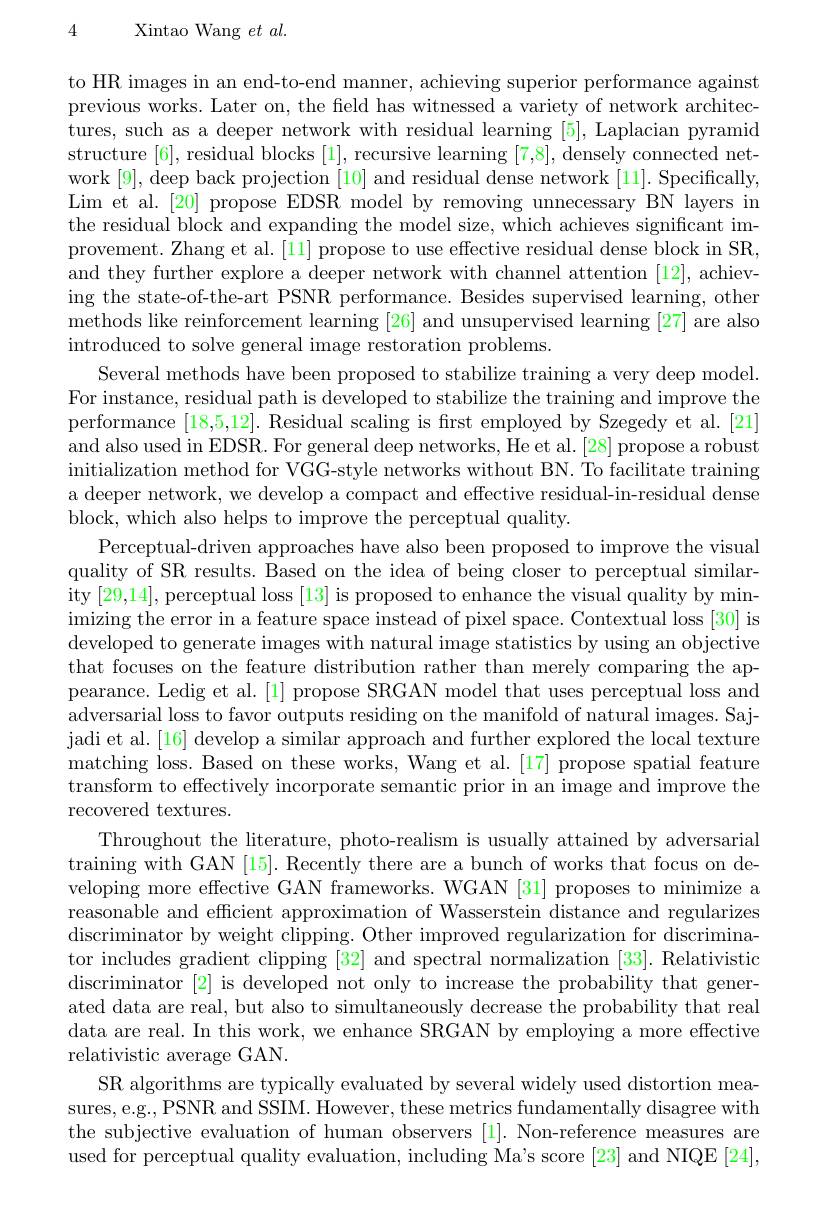
4

Xintao Wang $et\textit{al}.$

to HR images in an end-to-end manner, achieving superior performance against previous works. Later on, the feld has witnessed a variety of network architectures, such as a deeper network with residual learning [5], Laplacian pyramid structure [6], residual blocks [1], recursive learning [7,8], densely connected network [9], deep back projection [10] and residual dense network [11]. Specifically, Lim et al.[20] propose EDSR model by removing unnecessary BN layers in the residual block and expanding the model size, which achieves significant improvement. Zhang et al.[11] propose to use effective residual dense block in SR, and they further explore a deeper network with channel attention [12], achieving the state-of-the-art PSNR performance. Besides supervised learning, other methods like reinforcement learning [26] and unsupervised learning [27] are also introduced to solve general image restoration problems.
Several methods have been proposed to stabilize training a very deep model. For instance, residual path is developed to stabilize the training and improve the performance [18,5,12]. Residual scaling is frst employed by Szegedy et al.[21] and also used in EDSR. For general deep networks, He et al. [28] propose a robust initialization method for VGG-style networks without BN. To facilitate training a deeper network, we develop a compact and effective residual-in-residual dense block, which also helps to improve the perceptual quality.
Perceptual-driven approaches have also been proposed to improve the visual quality of SR results. Based on the idea of being closer to perceptual similarity [29,14], perceptual loss [13] is proposed to enhance the visual quality by minimizing the error in a feature space instead of pixel space. Contextual loss [30] is developed to generate images with natural image statistics by using an objective that focuses on the feature distribution rather than merely comparing the appearance. Ledig et al. [1] propose SRGAN model that uses perceptual loss and adversarial loss to favor outputs residing on the manifold of natural images. Sajjadi et al.[16] develop a similar approach and further explored the local texture matching loss. Based on these works, Wang et al.[17] propose spatial feature transform to effectively incorporate semantic prior in an image and improve the recovered textures.
Throughout the literature, photo-realism is usually attained by adversarial training with GAN [15]. Recently there are a bunch of works that focus on developing more effective GAN frameworks. WGAN [31] proposes to minimize a reasonable and efficient approximation of Wasserstein distance and regularizes discriminator by weight clipping. Other improved regularization for discrimina- tor includes gradient clipping [32] and spectral normalization [33]. Relativistic discriminator [2] is developed not only to increase the probability that generated data are real, but also to simultaneously decrease the probability that real data are real. In this work, we enhance SRGAN by employing a more effective relativistic average GAN.
SR algorithms are typically evaluated by several widely used distortion measures, e.g., PSNR and SSIM. However, these metrics fundamentally disagree with the subjective evaluation of human observers [1]. Non-reference measures are used for perceptual quality evaluation, including Ma's score [23] and NIQE [24].